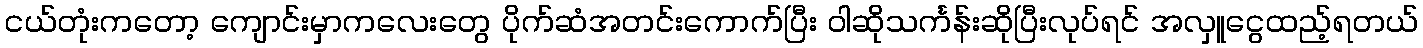
ငယ်တုံးကတော့ ကျောင်းမှာကလေးတွေ ပိုက်ဆံအတင်းကောက်ပြီး ဝါဆိုသင်္ကန်းဆိုပြီးလုပ်ရင် အလှူငွေထည့်ရတယ်